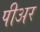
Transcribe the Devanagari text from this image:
पीअर